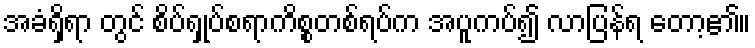
အခံရှိရာ တွင် စိပ်ရှုပ်စရာကိစ္စတစ်ရပ်က အပူကပ်၍ လာပြန်ရ တော့၏။